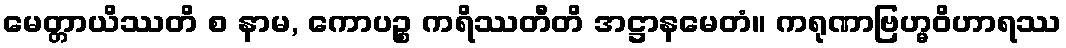
မေတ္တာယိဿတိ စ နာမ, ကောပဉ္စ ကရိဿတီတိ အဋ္ဌာနမေတံ။ ကရုဏာဗြဟ္မဝိဟာရဿ